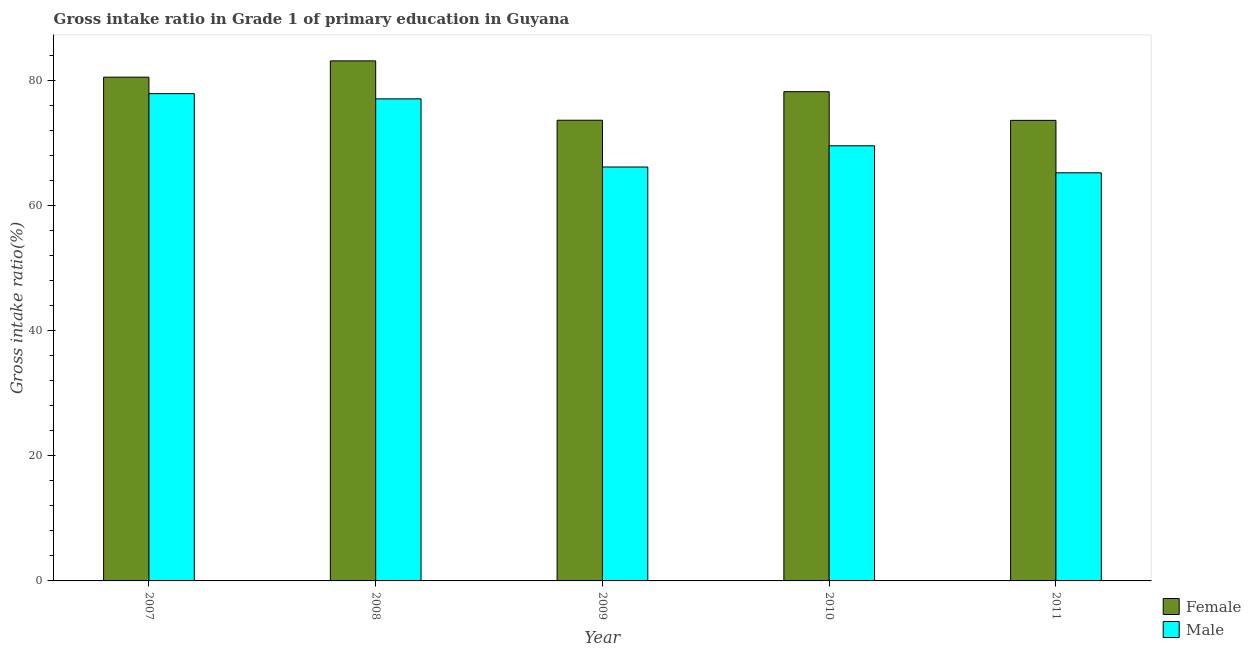
| Year | Female | Male |
 | --- | --- | --- |
 | 2007 | 80.5 | 77.9 |
 | 2008 | 83.1 | 77 |
 | 2009 | 73.6 | 66.1 |
 | 2010 | 78.2 | 69.5 |
 | 2011 | 73.6 | 65.2 |